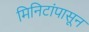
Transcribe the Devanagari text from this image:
मिनिटांपासून